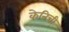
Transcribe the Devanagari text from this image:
केनिची